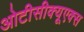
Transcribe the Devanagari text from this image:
ओटीसीक्यूएक्स